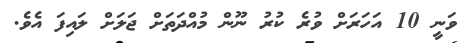
ވަނީ 10 އަހަރަށް ވުރެ ކުރު ނޫން މުއްދަތަށް ޖަލަށް ލައިފަ އެވެ.